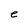
Character: e